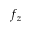
f _ { z }